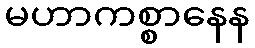
မဟာကစ္စာနေန